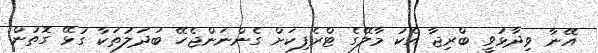
އޭނާ ވިދާޅުވީ ބްރިޖާ އެކު މާލޭގެ ޓްރެފިކަށް ގެންނަންޖެހޭ ބަދަލުތަކާ ގުޅޭ ގޮތުން